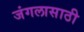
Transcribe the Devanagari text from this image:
जंगलासाठी